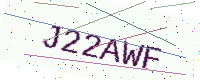
Text: J22AWF